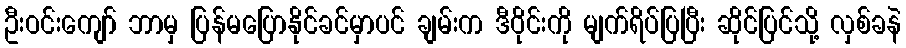
ဦးဝင်းကျော် ဘာမှ ပြန်မပြောနိုင်ခင်မှာပင် ချမ်းက ဒီဝိုင်းကို မျက်ရိပ်ပြပြီး ဆိုင်ပြင်သို့ လှစ်ခနဲ